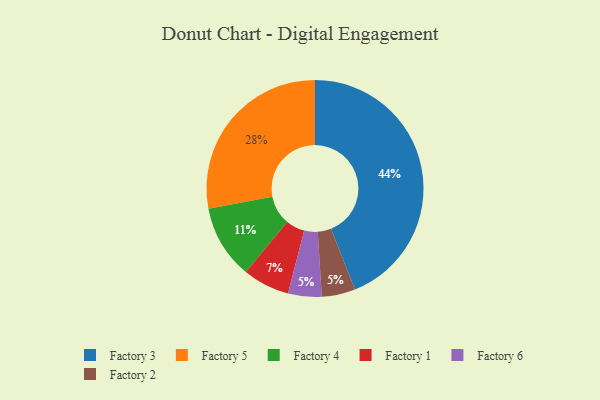
{"axis": {"x": "Category", "y": "Percentage"}, "legend": ["Factory 1", "Factory 2", "Factory 3", "Factory 4", "Factory 5", "Factory 6"], "data": [{"x": "Factory 6", "y": 5, "type": "Factory 6"}, {"x": "Factory 1", "y": 7, "type": "Factory 1"}, {"x": "Factory 3", "y": 44, "type": "Factory 3"}, {"x": "Factory 4", "y": 11, "type": "Factory 4"}, {"x": "Factory 5", "y": 28, "type": "Factory 5"}, {"x": "Factory 2", "y": 5, "type": "Factory 2"}]}